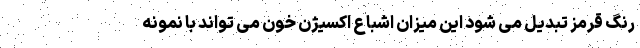
رنگ قرمز تبدیل می شود این میزان اشباع اکسیژن خون می تواند با نمونه